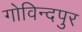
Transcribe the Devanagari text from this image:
गोविन्‍दपुर